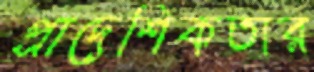
প্রাদেশিকতার